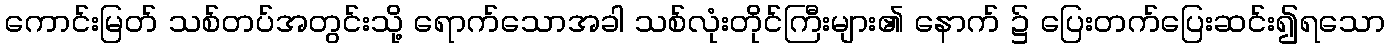
ကောင်းမြတ် သစ်တပ်အတွင်းသို့ ရောက်သောအခါ သစ်လုံးတိုင်ကြီးများ၏ နောက် ၌ ပြေးတက်ပြေးဆင်း၍ရသော